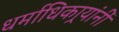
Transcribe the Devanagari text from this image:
धर्माधिकार्‍यांनीं